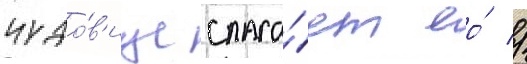
чудо́в'ище спаса́ет ео́ //